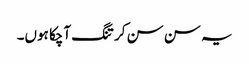
یہ سن سن کر تنگ آچکا ہوں۔